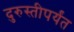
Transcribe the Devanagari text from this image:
दुरुस्तीपर्यंत